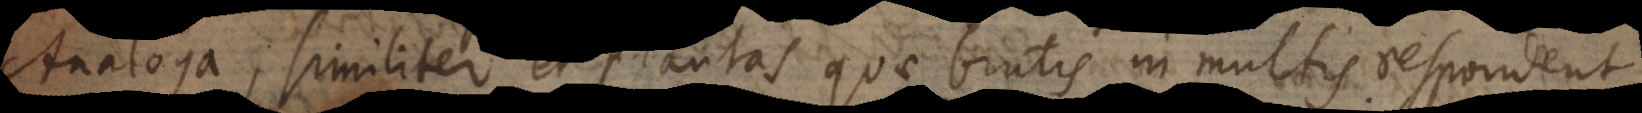
Analoga, similiter et plantas quae brutis in multis respondent